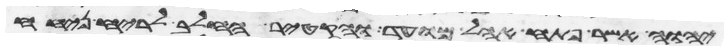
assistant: יהוה אשר פתח אהל מועד והקטיר החלב לריח ניחח